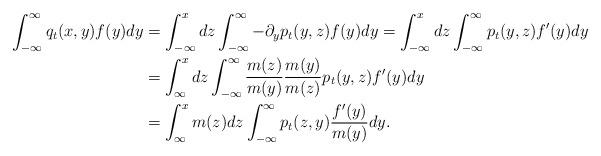
LaTeX: \begin{align*}\int_{-\infty}^{\infty}q_t(x,y)f(y)dy&=\int_{-\infty}^{x}dz\int_{-\infty}^{\infty}-\partial_yp_t(y,z)f(y)dy=\int_{-\infty}^{x}dz\int_{-\infty}^{\infty}p_t(y,z)f'(y)dy\\&=\int_{\infty}^{x}dz\int_{-\infty}^{\infty}\frac{m(z)}{m(y)}\frac{m(y)}{m(z)}p_t(y,z)f'(y)dy\\&=\int_{\infty}^{x}m(z)dz\int_{-\infty}^{\infty}p_t(z,y)\frac{f'(y)}{m(y)}dy.\end{align*}